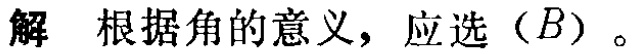
解 根据角的意义，应选（\(B\)）。